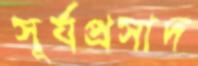
সূর্যপ্রসাদ